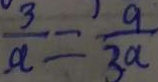
\frac { 3 } { a } = \frac { 9 } { 3 a }